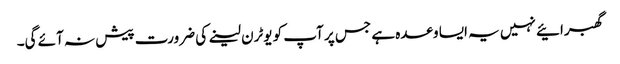
گھبرائیے نہیں یہ ایسا وعدہ ہے جس پر آپ کو یوٹرن لینے کی ضرورت پیش نہ آئے گی۔